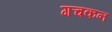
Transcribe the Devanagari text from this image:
गचकन